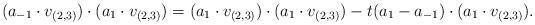
LaTeX: \begin{align*}(a_{-1} \cdot v_{(2,3)}) \cdot (a_1 \cdot v_{(2,3)}) = (a_1 \cdot v_{(2,3)}) \cdot (a_1 \cdot v_{(2,3)}) - t(a_1 - a_{-1}) \cdot (a_1 \cdot v_{(2,3)}).\end{align*}